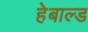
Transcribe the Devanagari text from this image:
हेबाल्ड